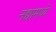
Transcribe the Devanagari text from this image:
नद्यामध्ये